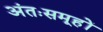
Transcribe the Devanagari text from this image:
अंतःसमूहों